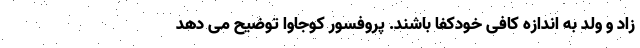
زاد و ولد به اندازه کافی خودکفا باشند. پروفسور کوجاوا توضیح می دهد